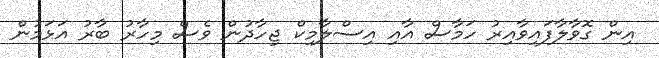
އިން ގޮވާލާފައިވާއިރު ހަމާސް އާއި އިސްލާމިކް ޖިހާދުން ވެސް މިހާރު ބާރު އަޅަމުން